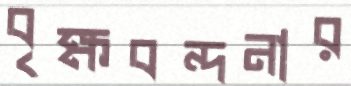
বৃক্ষবন্দনার